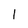
Character: 1